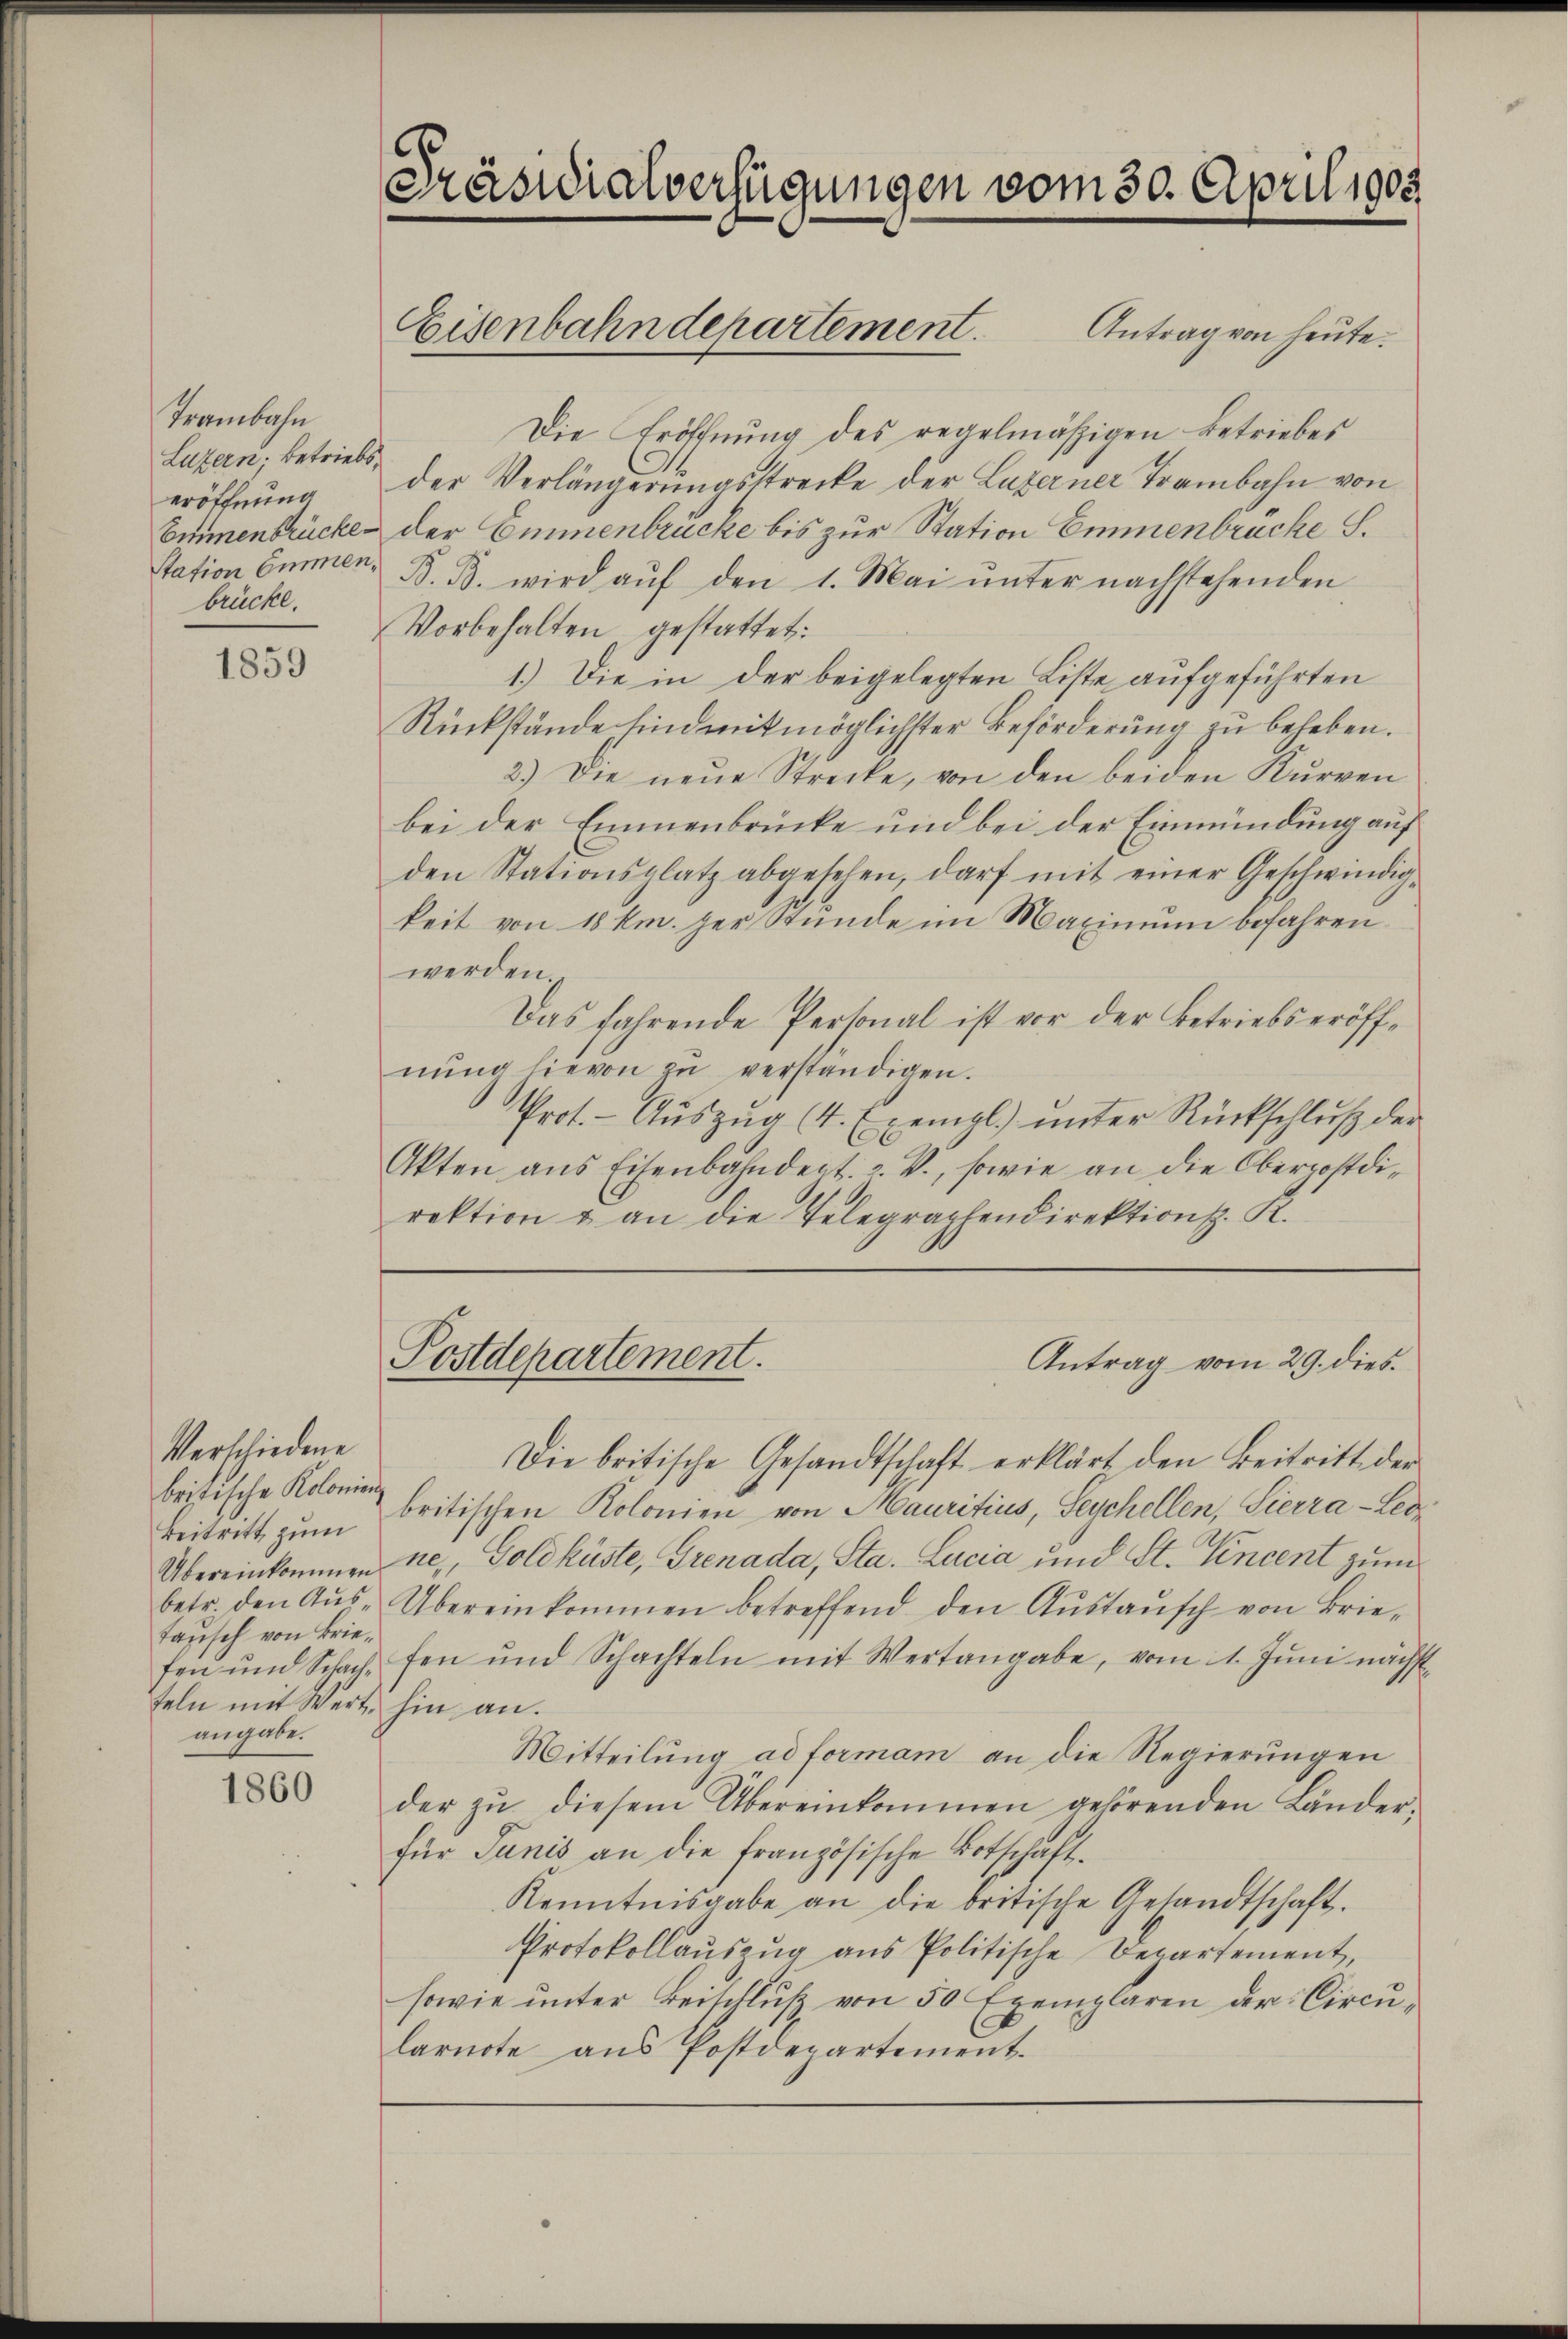
Trambahn
Luzern; betriebs
eröffnung
Station Emmen,
brücke.

1859

Verschiedene
britische Kolonien
Beitritt zum
Übereinkommen
betr. den Austansch von Briefen und Schachfeln mit Wert,
angabe.

1860

Präsidialverfügungen vom 30. April 1903

Eisenbahndepartement.

Antrag von heute.
Die Eröffnung des regelmäßigen Betriebes
der Verlängerungsstrecke der Luzerner Trambahn von
Einnenbrücke der Emmenbrücke bis zur Station Emmenbrücke S.
B. B. wird aŭf den 1. Mai ŭnter nachstehenden
Vorbehalten gestattet:
1.) Die in der beigelegten Liste aufgeführten
Rückstände hindenitmöglichster Beförderung zu beheben.
2.) Die neŭe Strecke, von den beiden Kurven
bei der Emmenbrücke und bei der Einmündung auf
den Stationsplatz abgesehen, darf mit einer Geschwindig-
keit von 18 km. her Stunde im Maximum befahren
werden.
Das fahrende Personal ist vor der Betriebs eröffnŭng hievon zŭ verständigen.
Prot. - Aŭszŭg (4. Exempl.) ŭnter Rückschlŭβ der
Akten ans Eisenbahndert. 2. V., sowie an die Oberpostdi-
rektion & an die Telegraphendirektion. K.

Die britische Gesandtschaft erklärt den Beitritt der
britischen Kolonien von Mauritius, Seychellen, Sierra-Leone, Goldküste, Grenada, Sta. Lucia und St. Vincent zum
Übereinkommen betreffend den Aŭstaŭsch von Brie-
fen und Schachteln mit Wertangabe, vom 1. Jŭni nächst
hin an.
Mitteilung ad formam an die Regierungen
der zŭ diesem Übereinkommen gehörenden Länder-
für Janis an die französische Botschaft.
Kenntnisgabe an die britische Gesandtschaft.
Protokollauszug aus Politische Departement,
sowie unter Beischluß von 50 Exemplaren der Circularnote aus Postdepartement.

Postdepartement.

Antrag vom 29. dies